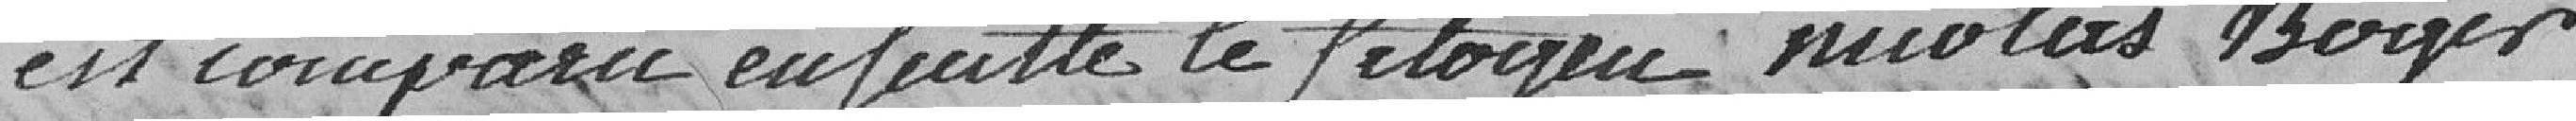
est comparu eufeutte le citoyen Nicolas Boyer